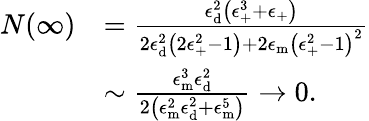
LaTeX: \begin{array}{rl}{N(\infty)}&{=\frac{\epsilon_{\mathrm{{d}}}^{2}\left(\epsilon_{\mathrm{+}}^{3}+\epsilon_{\mathrm{+}}\right)}{2\epsilon_{\mathrm{{d}}}^{2}\left(2\epsilon_{\mathrm{+}}^{2}-1\right)+2\epsilon_{\mathrm{{m}}}\left(\epsilon_{\mathrm{+}}^{2}-1\right)^{2}}}\\ &{\sim\frac{\epsilon_{\mathrm{{m}}}^{3}\epsilon_{\mathrm{{d}}}^{2}}{2\left(\epsilon_{\mathrm{{m}}}^{2}\epsilon_{\mathrm{{d}}}^{2}+\epsilon_{\mathrm{{m}}}^{5}\right)}\rightarrow 0.}\end{array}